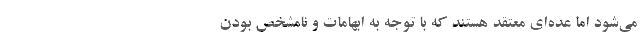
می‌شود اما عده‌ای معتقد هستند که با توجه به ابهامات و نامشخص بودن